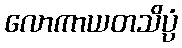
လောကာယတသိပ္ပံ